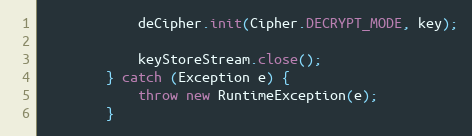
Language: Java
			deCipher.init(Cipher.DECRYPT_MODE, key);

			keyStoreStream.close();
		} catch (Exception e) {
			throw new RuntimeException(e);
		}